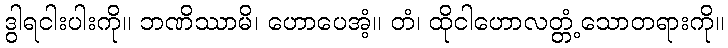
ဒွါရငါးပါးကို။ ဘဏိဿာမိ၊ ဟောပေအံ့။ တံ၊ ထိုငါဟောလတ္တံ့သောတရားကို။